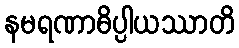
နမရဏာဓိပ္ပါယဿာတိ